Lunatic asylums Madras 1877-1891 - 1877-1891
Year: 1877
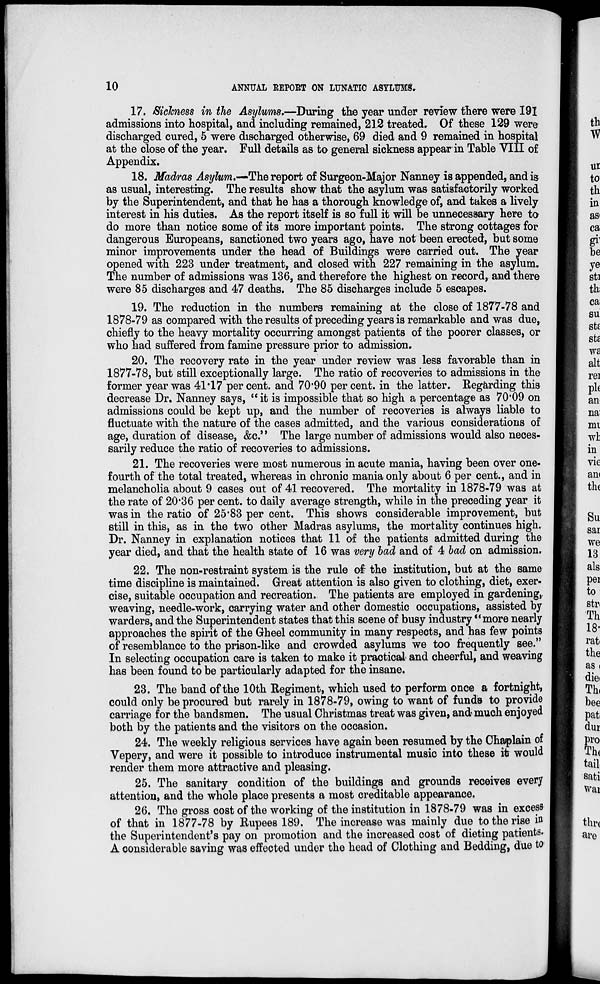
10
ANNUAL REPORT ON LUNATIC ASYLUMS.
17. Sickness in the Asylums.—During the year under review there were 191
admissions into hospital, and including remained, 212 treated. Of these 129 were
discharged cured, 5 were discharged otherwise, 69 died and 9 remained in hospital
at the close of the year. Full details as to general sickness appear in Table VIII of
Appendix.
18. Madras Asylum.—The report of Surgeon-Major Nanney is appended, and is
as usual, interesting. The results show that the asylum was satisfactorily worked
by the Superintendent, and that he has a thorough knowledge of, and takes a lively
interest in his duties. As the report itself is so full it will be unnecessary here to
do more than notice some of its more important points. The strong cottages for
dangerous Europeans, sanctioned two years ago, have not been erected, but some
minor improvements under the head of Buildings were carried out. The year
opened with 223 under treatment, and closed with 227 remaining in the asylum.
The number of admissions was 136, and therefore the highest on record, and there
were 85 discharges and 47 deaths. The 85 discharges include 5 escapes.
19. The reduction in the numbers remaining at the close of 1877-78 and
1878-79 as compared with the results of preceding years is remarkable and was due,
chiefly to the heavy mortality occurring amongst patients of the poorer classes, or
who had suffered from famine pressure prior to admission.
20. The recovery rate in the year under review was less favorable than in
1877-78, but still exceptionally large. The ratio of recoveries to admissions in the
former year was 41.17 per cent. and 70.90 per cent. in the latter. Regarding this
decrease Dr. Nanney says, "it is impossible that so high a percentage as 70.09 on
admissions could be kept up, and the number of recoveries is always liable to
fluctuate with the nature of the cases admitted, and the various considerations of
age, duration of disease, &c." The large number of admissions would also neces-
sarily reduce the ratio of recoveries to admissions.
21. The recoveries were most numerous in acute mania, having been over one-
fourth of the total treated, whereas in chronic mania only about 6 per cent., and in
melancholia about 9 cases out of 41 recovered. The mortality in 1878-79 was at
the rate of 20.36 per cent. to daily average strength, while in the preceding year it
was in the ratio of 25.83 per cent. This shows considerable improvement, but
still in this, as in the two other Madras asylums, the mortality continues high.
Dr. Nanney in explanation notices that 11 of the patients admitted during the
year died, and that the health state of 16 was very bad and of 4 bad on admission.
22. The non-restraint system is the rule of the institution, but at the same
time discipline is maintained. Great attention is also given to clothing, diet, exer-
cise, suitable occupation and recreation. The patients are employed in gardening,
weaving, needle-work, carrying water and other domestic occupations, assisted by
warders, and the Superintendent states that this scene of busy industry "more nearly
approaches the spirit of the Gheel community in many respects, and has few points
of resemblance to the prison-like and crowded asylums we too frequently see."
In selecting occupation care is taken to make it practical and cheerful, and weaving
has been found to be particularly adapted for the insane.
23. The band of the 10th Regiment, which used to perform once a fortnight,
could only be procured but rarely in 1878-79, owing to want of funds to provide
carriage for the bandsmen. The usual Christmas treat was given, and much enjoyed
both by the patients and the visitors on the occasion.
24. The weekly religious services have again been resumed by the Chaplain of
Vepery, and were it possible to introduce instrumental music into these it would
render them more attractive and pleasing.
25. The sanitary condition of the buildings and grounds receives every
attention, and the whole place presents a most creditable appearance.
26. The gross cost of the working of the institution in 1878-79 was in excess
of that in 1877-78 by Rupees 189. The increase was mainly due to the rise in
the Superintendent's pay on promotion and the increased cost of dieting patients.
A considerable saving was effected under the head of Clothing and Bedding, due to